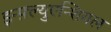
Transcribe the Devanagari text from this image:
इन्फ़्ल्युएन्शियल